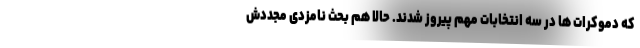
که دموکرات ها در سه انتخابات مهم پیروز شدند. حالا هم بحث نامزدی مجددش